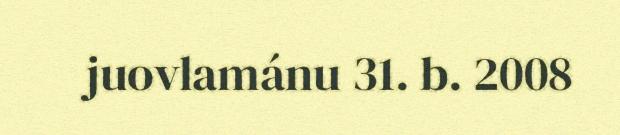
juovlamánu 31. b. 2008